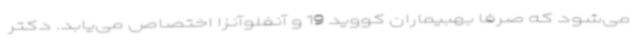
می‌شود که صرفاً بهبیماران کووید 19 و آنفلوآنزا اختصاص می‌یابد. دکتر